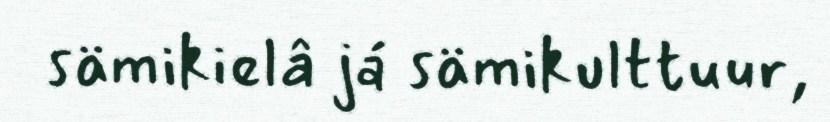
sämikielâ já sämikulttuur,